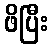
ဖိပြီး